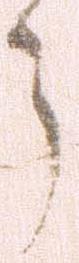
う